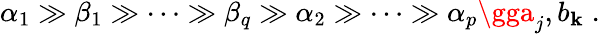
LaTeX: \alpha_{1}\gg\beta_{1}\gg\cdots\gg\beta_{q}\gg\alpha_{2}\gg\cdots\gg\alpha_{p}\gga_{j},b_{\mathbf{k}}\; .